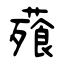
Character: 薞